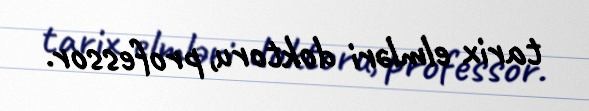
tarix elmləri doktoru, professor.